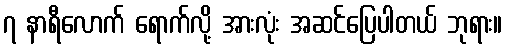
၇ နာရီလောက် ရောက်လို့ အားလုံး အဆင်ပြေပါတယ် ဘုရား။